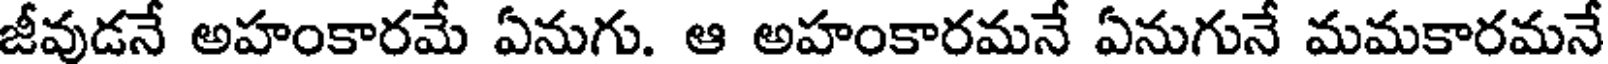
జీవుడనే అహంకారమే ఏనుగు. ఆ అహంకారమనే ఏనుగునే మమకారమనే